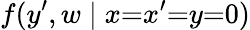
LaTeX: f(y^{\prime},w\mid x{=}x^{\prime}{=}y{=}0)